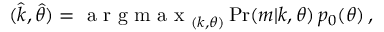
\begin{array} { r } { ( \hat { k } , \hat { \theta } ) = \mathrm { ~ a ~ r ~ g ~ m ~ a ~ x ~ } _ { ( k , \theta ) } \operatorname* { P r } ( m | k , \theta ) \, p _ { 0 } ( \theta ) \, , } \end{array}